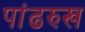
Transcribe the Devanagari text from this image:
पांढरुख